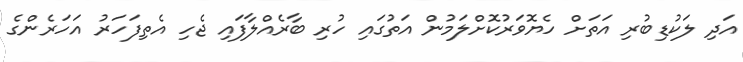
އަދި ލަކުޑިބުރި އަތަށް ހެޔޮވަރުކޮށްލަމުން އަތުގައި ހުރި ބާރެއްލާފައި ޖެހި އެތިފަހަރު އަހަރެންގެ